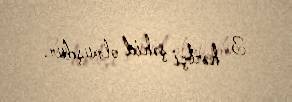
3 hərbçi şəhid olmuşdur.